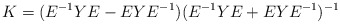
\begin{align*}K = (E^{-1}Y E - E Y E^{-1})(E^{-1}Y E + E Y E^{-1})^{-1}\end{align*}